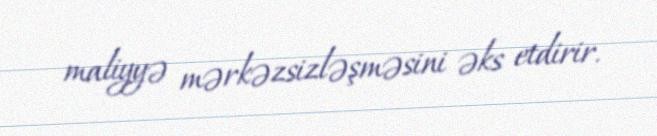
maliyyə mərkəzsizləşməsini əks etdirir.